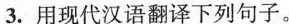
3.用现代汉语翻译下列句子。